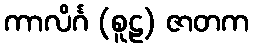
ကာလိင်္ဂ (စူဠ) ဇာတက